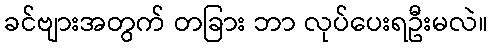
ခင်ဗျားအတွက် တခြား ဘာ လုပ်ပေးရဦးမလဲ။